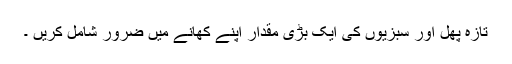
تازہ پھل اور سبزیوں کی ایک بڑی مقدار اپنے کھانے میں ضرور شامل کریں ۔